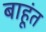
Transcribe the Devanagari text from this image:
बाहूंत